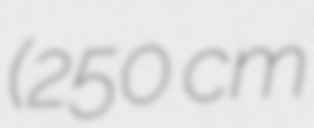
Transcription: (250 cm